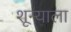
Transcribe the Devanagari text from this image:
शून्याला